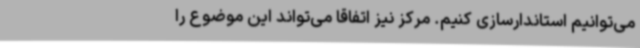
می‌توانیم استاندارسازی کنیم. مرکز نیز اتفاقاً می‌تواند این موضوع را